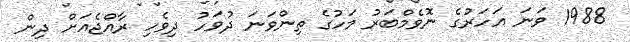
1988 ވަނަ އަހަރުގެ ނޮވެމްބަރު މަހުގެ ތިންވަނަ ދުވަހު ދިވެހި ރާއްޖެއަށް ދިން